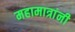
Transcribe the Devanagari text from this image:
महामात्रांनी